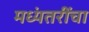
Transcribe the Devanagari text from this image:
मध्यंतरींचा